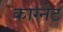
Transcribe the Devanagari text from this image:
काग्नेट